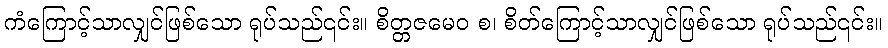
ကံကြောင့်သာလျှင်ဖြစ်သော ရုပ်သည်၎င်း။ စိတ္တဇမေဝ စ၊ စိတ်ကြောင့်သာလျှင်ဖြစ်သော ရုပ်သည်၎င်း။